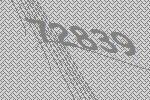
72839